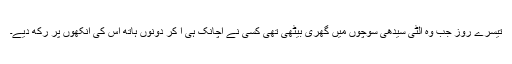
تیسرے روز جب وہ الٹی سیدھی سوچوں میں گھری بیٹھی تھی کسی نے اچانک ہی آ کر دونوں ہاتھ اس کی آنکھوں پر رکھ دیے۔